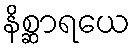
နိစ္ဆာရယေ